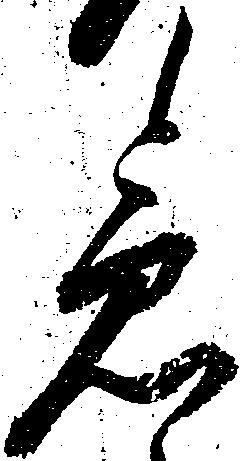
急